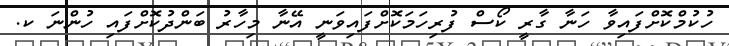
ހުކުމްކޮށްފައިވާ ހަނާ ގާރީ ކޯސް ފުރިހަމަކޮށްފައިވަނީ އޭނާ މިހާރު ބަންދުކޮށްފައި ހުންނަ ކ.